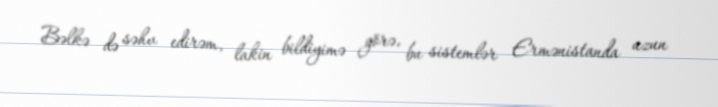
Bəlkə də səhv edirəm, lakin bildiyimə görə, bu sistemlər Ermənistanda uzun